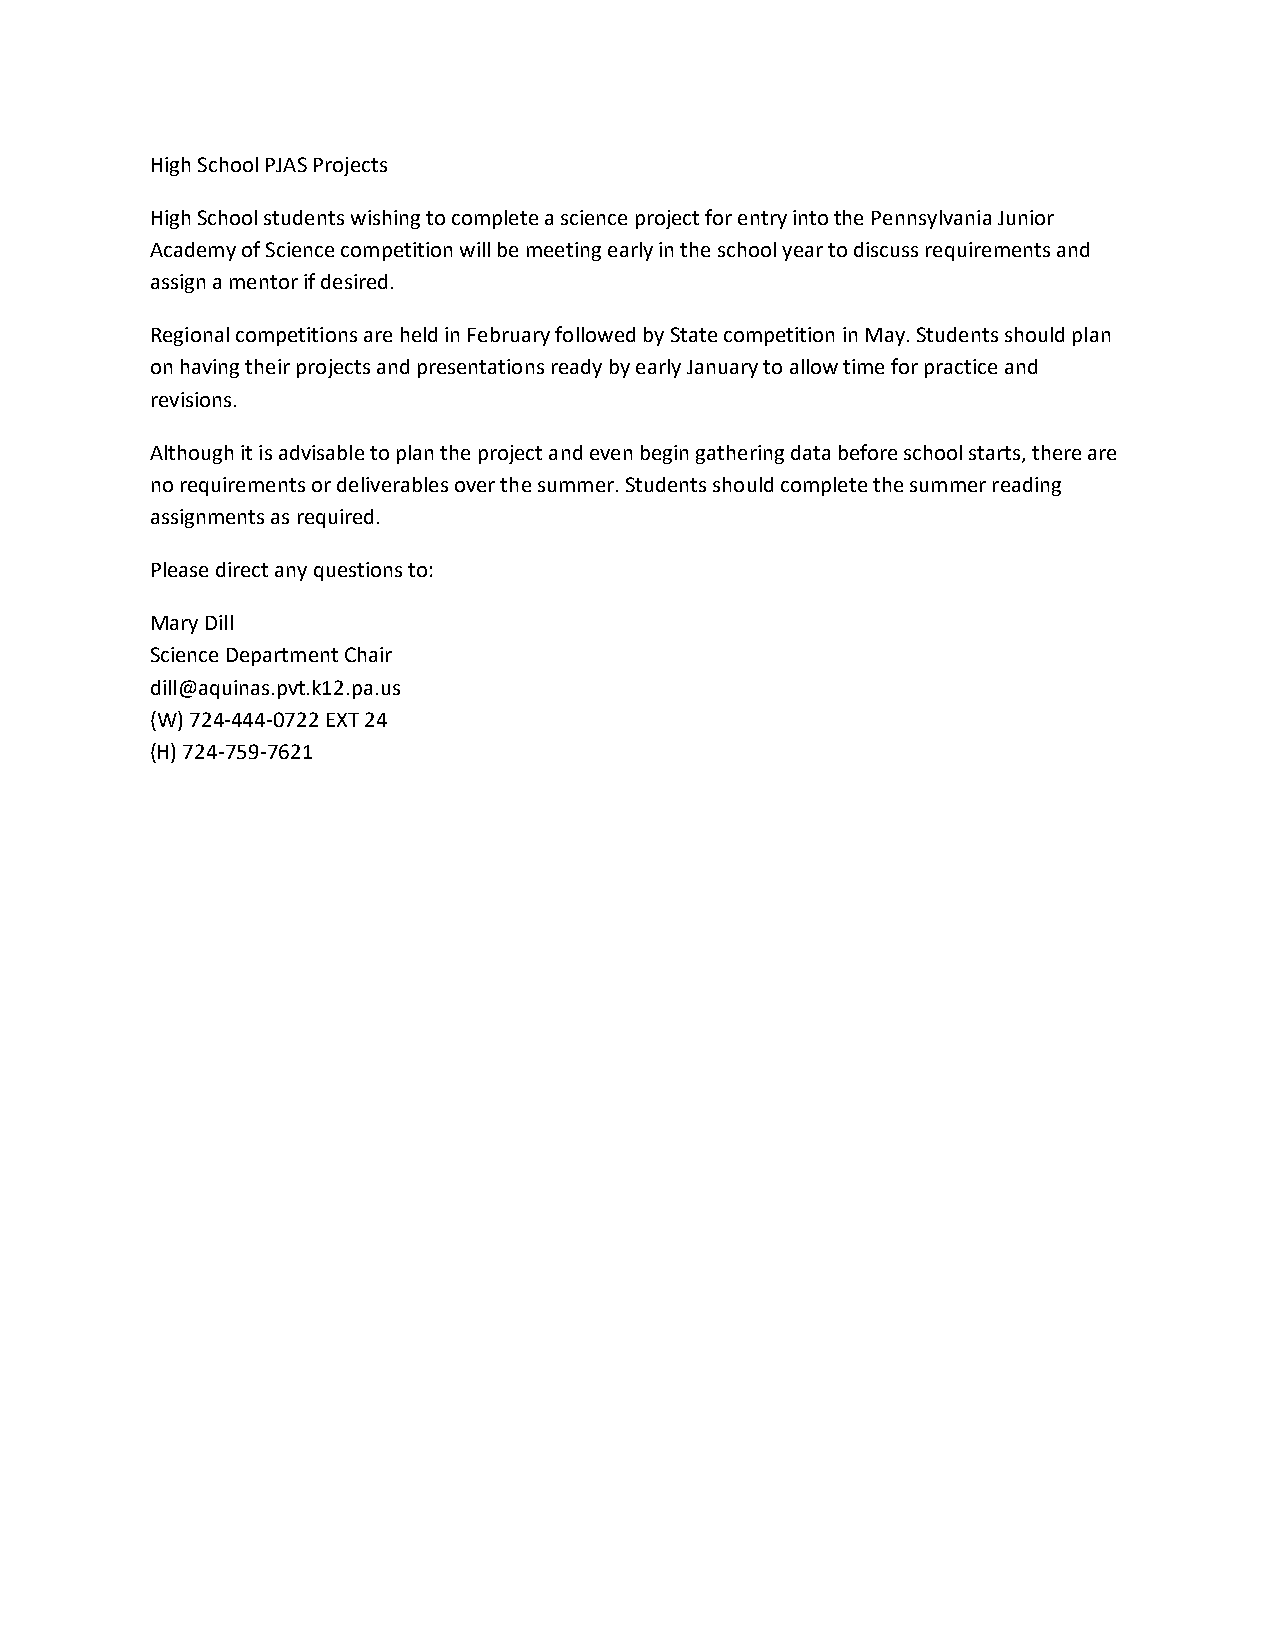
High School PJAS Projects
 High School students wishing to complete a science project for entry into the Pennsylvania Junior
 Academy of Science competition will be meeting early in the school year to discuss requirements and
 assign a mentor if desired.
 Regional competitions are held in February followed by State competition in May. Students should plan
 on having their projects and presentations ready by early January to allow time for practice and
 revisions.
 Although it is advisable to plan the project and even begin gathering data before school starts, there are
 no requirements or deliverables over the summer. Students should complete the summer reading
 assignments as required.
 Please direct any questions to:
 Mary Dill
 Science Department Chair
 dill@aquinas.pvt.k12.pa.us
 (W) 724-444-0722 EXT 24
 (H) 724-759-7621